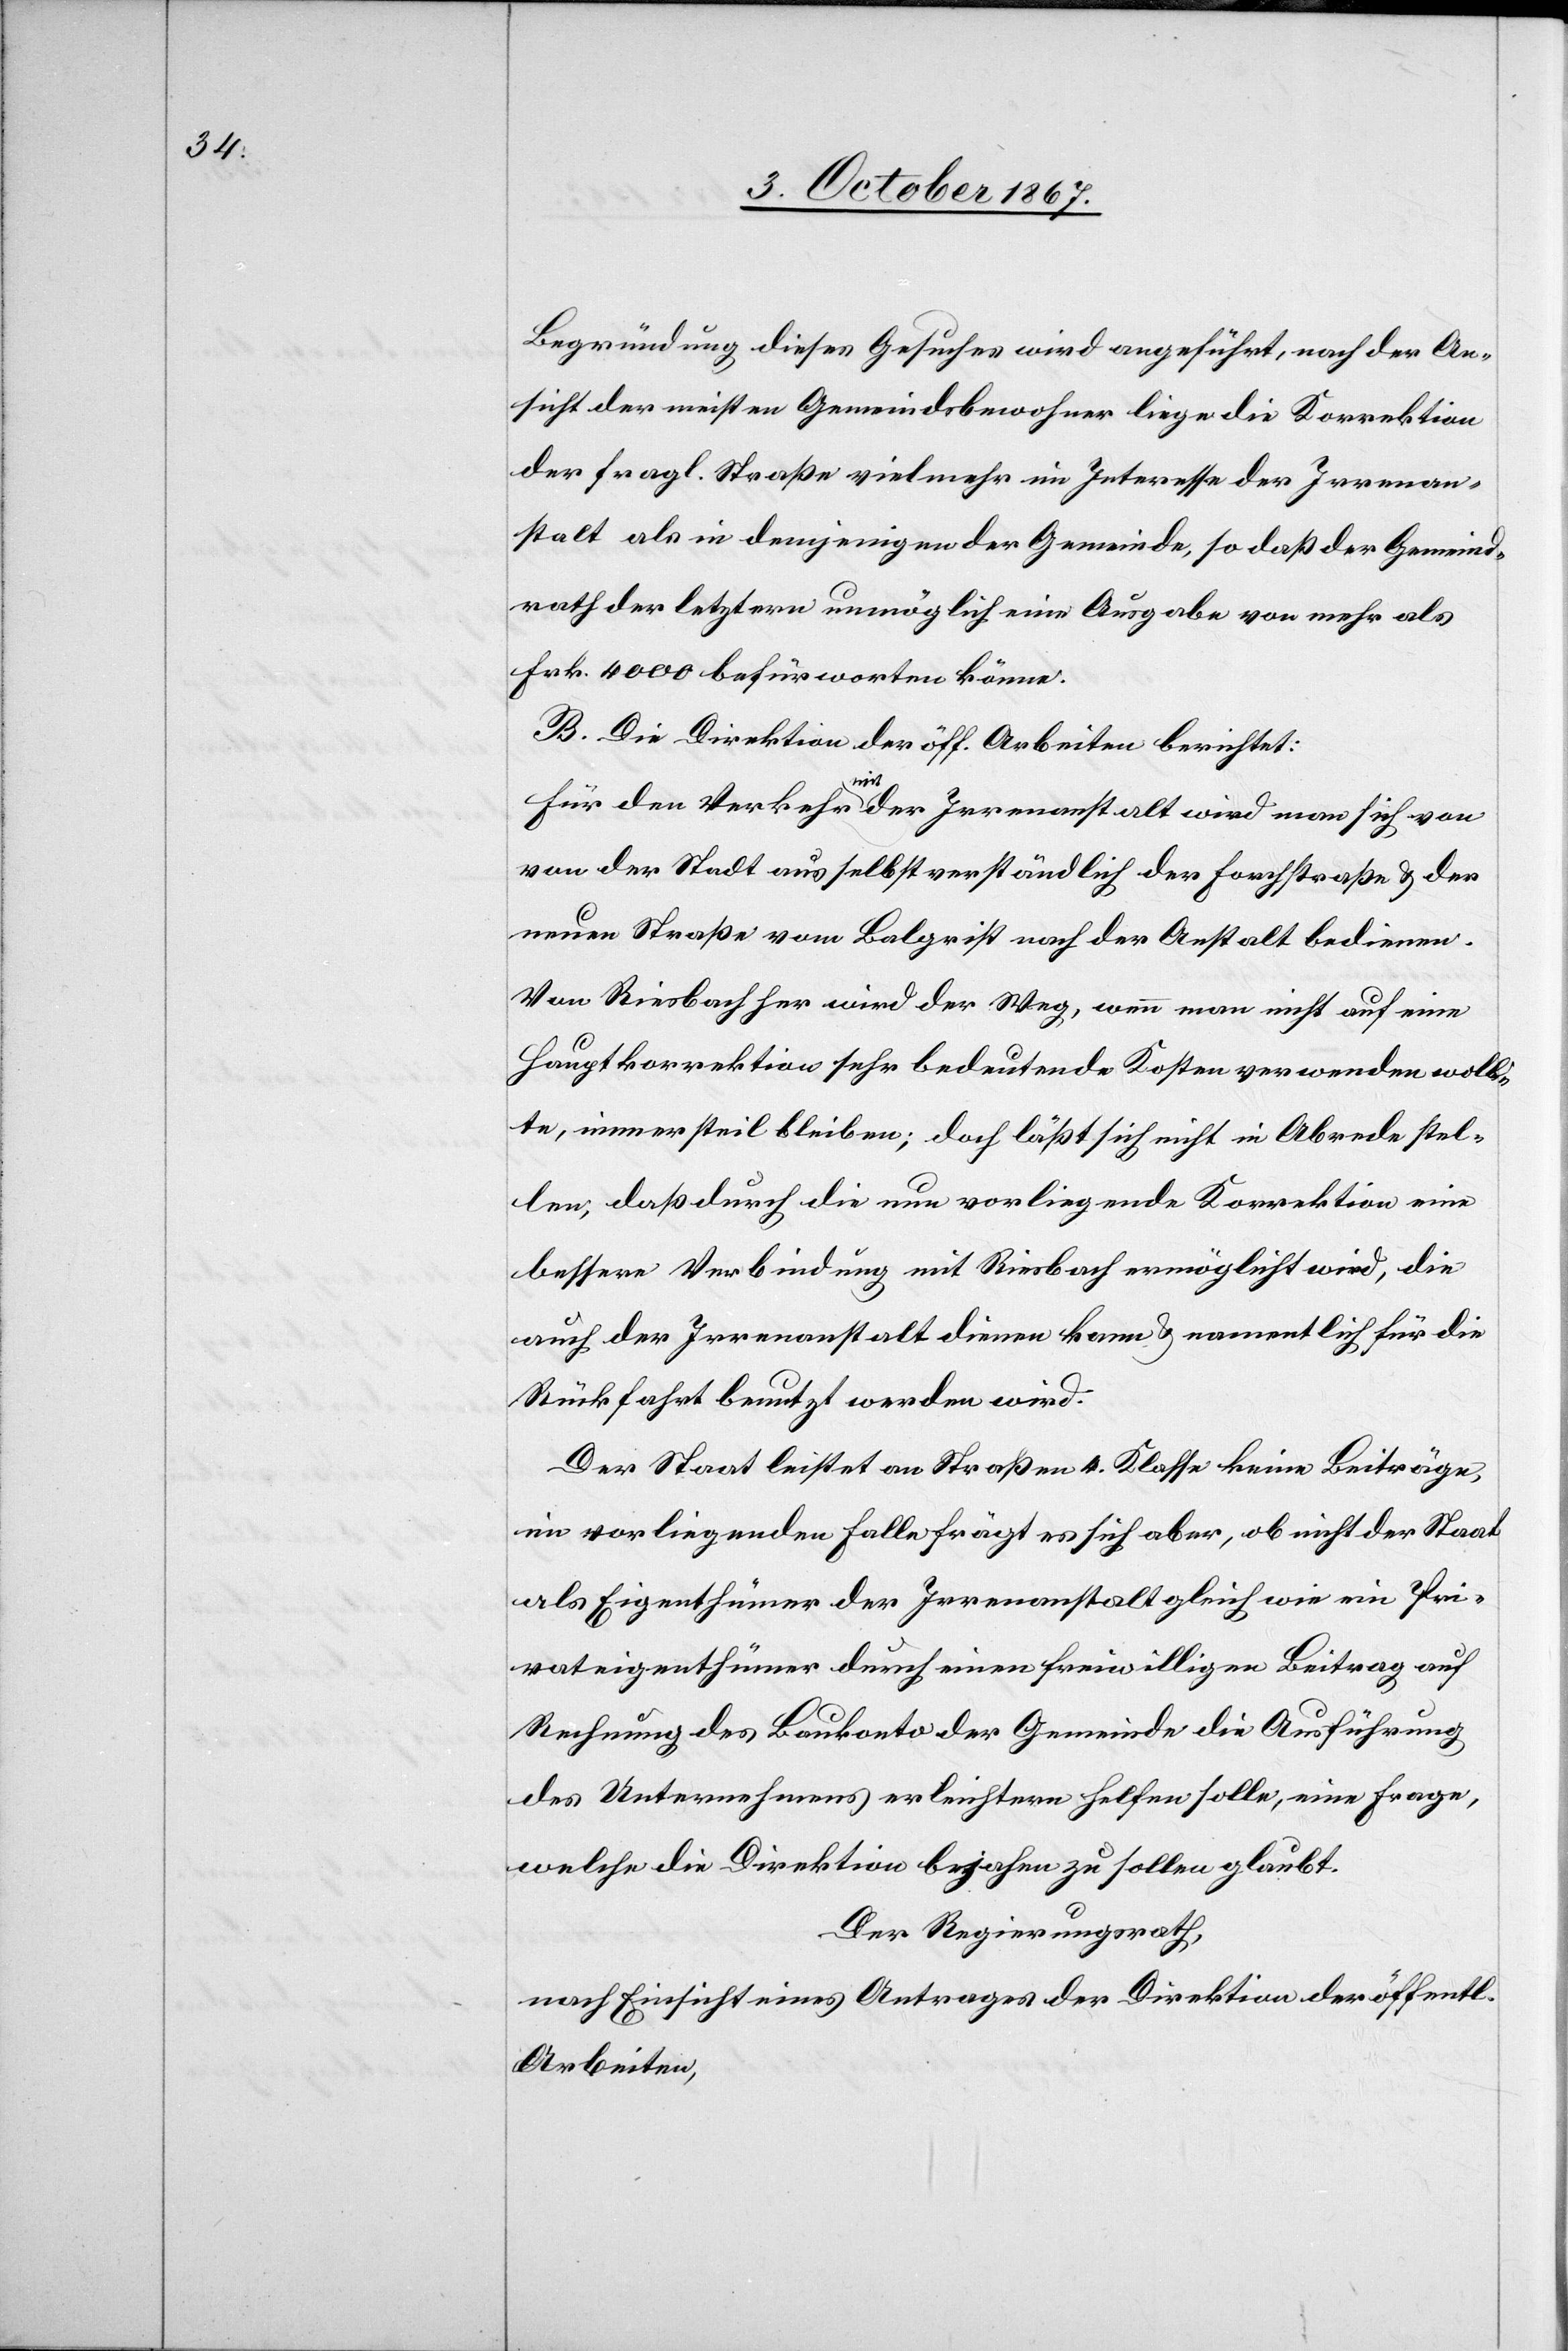
Begründung diese Gesuches wird angeführt, nach der An¬
sicht der meisten Gemeindsbewohner liege die Korrektion
der fragl. Straße vielmehr im Interesse der Irrenan¬
stalt als in demjenigen der Gemeinde, so daß der Gemeind¬
rath der letztern unmöglich eine Ausgabe von mehr als
Frk. 4000 befürworten könne.
B. Die Direktion der öff. Arbeiten berichtet:
Für den Verkehr mit der Irrenanstalt wird man sich vo¬
n der Stadt aus selbstverständlich der Forchstraße u. der
neuen Straße vom Balgrist nach der Anstalt bedienen.
Von Riesbach her wird der Weg, wenn man nicht auf eine
Hauptkorrektion sehr bedeutende Kosten verwenden woll¬
te, immer steil bleiben; doch läßt sich nicht in Abrede stel¬
len, daß durch die neue vorliegende Korrektion eine
bessere Verbindung mit Riesbach ermöglicht wird, die
auch der Irrenanstalt dienen kann u. namentlich für die
Rückfahrt benutzt werden wird.
Der Staat leistet an Straßen 4. Klasse keine Beiträge,
im vorliegenden Falle frägt es sich aber, ob nicht der Staat
als Eigenthümer der Irrenanstalt gleich wie ein Pri¬
vateigenthümer durch eine freiwilligen Beitrag auf
Rechnung des Baukonto der Gemeinde die Ausführung
des Unternehmens erleichtern helfen sollte, eine Frage,
welche die Direktion bejahen zu sollen glaubt.
Der Regierungsrath,
nach Einsicht eines Antrages der Direktion der öff.
Arbeiten,